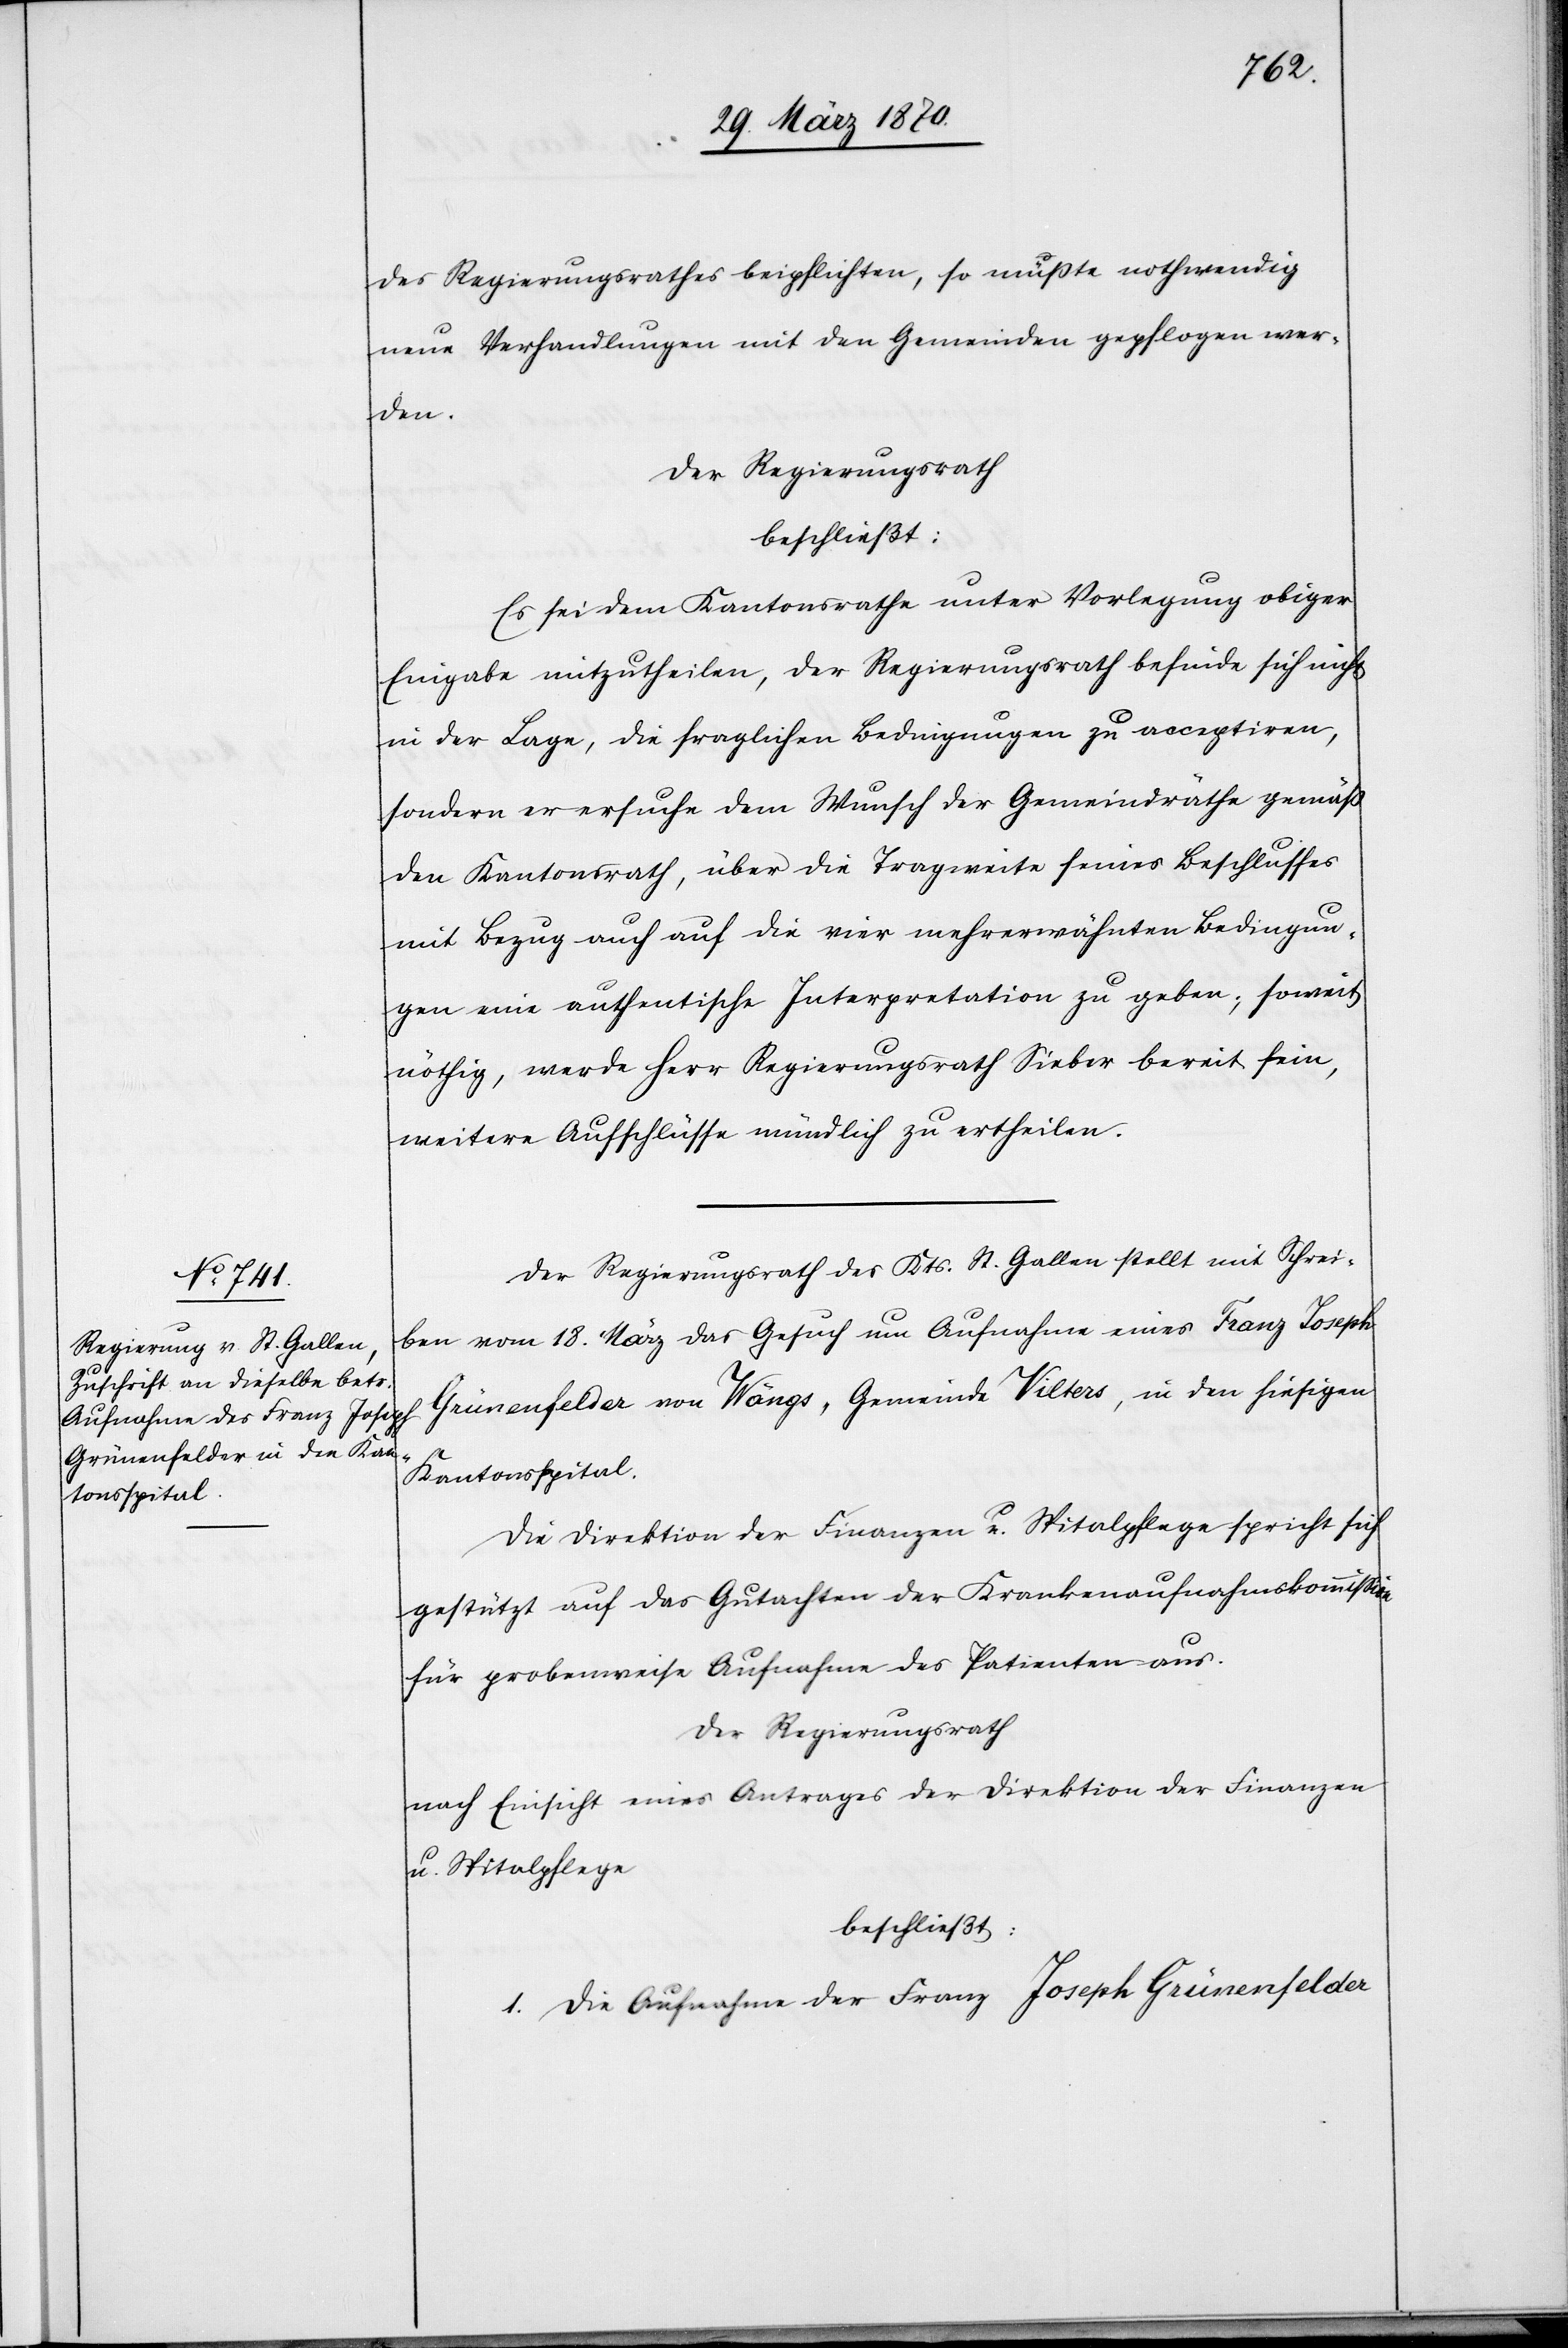
des Regierungsrathes beipflichten, so müßte [sic!] nothwendig
neue Verhandlungen mit den Gemeinden gepflogen wer¬
den.
Der Regierungsrath
beschließt:
Es sei dem Kantonsrathe unter Vorlegung obiger
Eingabe mitzutheilen, der Regierungsrath befinde sich nicht
in der Lage, die fraglichen Bedingungen zu acceptiren,
sondern er ersuche dem Wunsch der Gemeindräthe gemäß
den Kantonsrath, über die Tragweite seines Beschlusses
mit Bezug auch auf die vier mehrerwähnten Bedingun¬
gen eine authentische Interpretation zu geben, soweit
nöthig, werde Herr Regierungsrath Sieber bereit sein,
weitere Aufschlüsse mündlich zu ertheilen.
Der Regierungsrath des Kts. St. Gallen stellt mit Schrei¬
ben vom 18. März das Gesuch um Aufnahme eines Franz Joseph
Grünenfelder von Wängs, Gemeinde Vilters, in den hiesigen
Kantonsspital.
Die Direktion der Finanzen u. Spitalpflege spricht sich
gestützt auf das Gutachten der Krankenaufnahmskommission
für probeweise Aufnahme des Patienten aus.
Der Regierungsrath
nach Einsicht eines Antrages der Direktion der Finanzen
u. Spitalpflege
beschließt:
1. Die Aufnahme der [sic!] Franz Joseph Grünenfelder